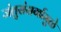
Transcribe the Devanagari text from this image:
जंतुसंसर्गामुळे